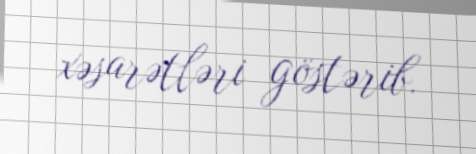
xəsarətləri göstərib.